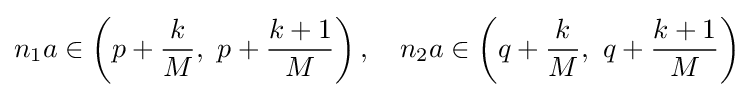
n_{1}a\in \left(p+{\frac {k}{M}},\ p+{\frac {k+1}{M}}\right),\quad n_{2}a\in \left(q+{\frac {k}{M}},\ q+{\frac {k+1}{M}}\right)